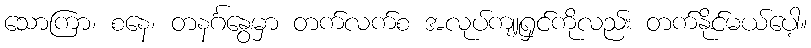
သောကြာ၊ စနေ၊ တနင်္ဂနွေမှာ တက်လက်စ အလုပ်ကျူရှင်ကိုလည်း တက်နိုင်မယ်ပေါ့။